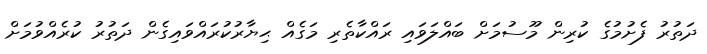
ދަތުރު ފެށުމުގެ ކުރިން މޫސުމަށް ބައްލަވައި ރައްކާތެރި މަގެއް ޙިޔާރުކުރައްވައިގެން ދަތުރު ކުރެއްވުމަށް